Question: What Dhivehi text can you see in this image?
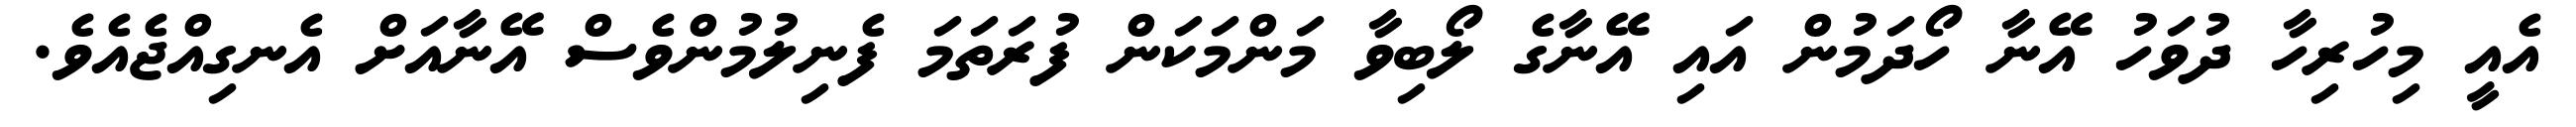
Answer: އެއީ މިހުރިހާ ދުވަހު އޭނާ ހޯދަމުން އައި އޭނާގެ ލޯބިވާ މަންމަކަން ފުރަތަމަ ފެނިލުމުންވެސް އޭނާއަށް އެނގިއްޖެއެވެ.